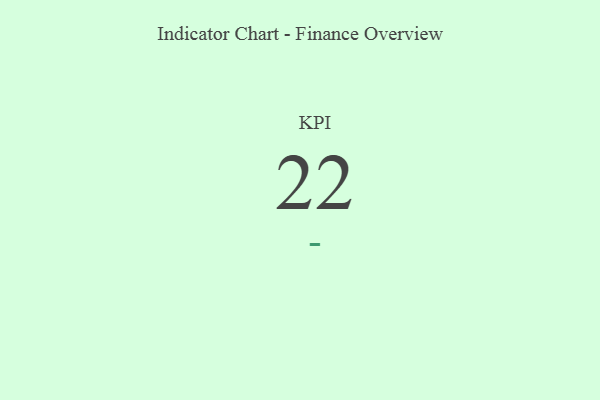
{"axis": {"x": "KPI", "y": "Value"}, "legend": [""], "data": [{"x": "KPI", "y": 22, "type": ""}]}